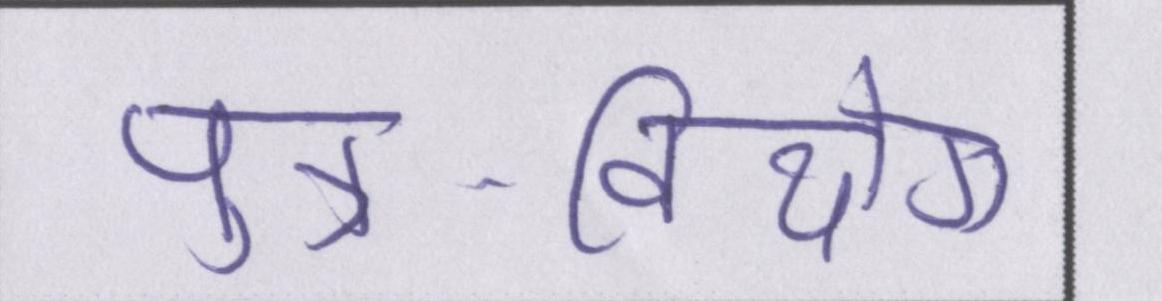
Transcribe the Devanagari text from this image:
पुत्र-वियोग